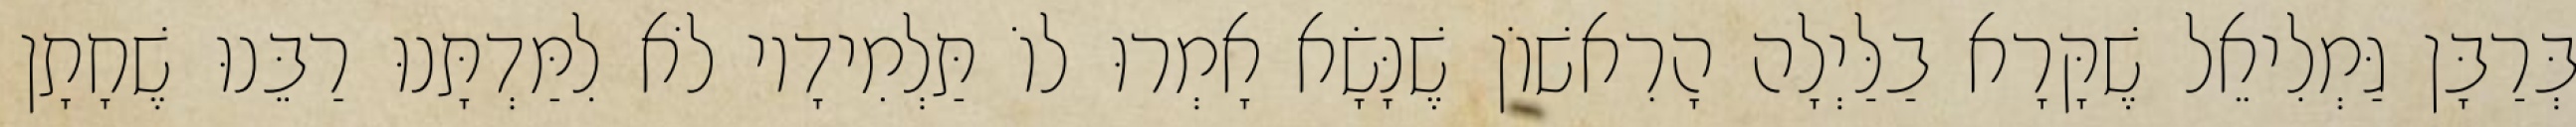
בְּרַבָּן גַּמְלִיאֵל שֶׁקָּרָא בַלַּיְלָה הָרִאשׁוֹן שֶׁנָּשָׂא אָמְרוּ לוֹ תַּלְמִידָיו לֹא לִמַּדְתָּנוּ רַבֵּנוּ שֶׁחָתָן